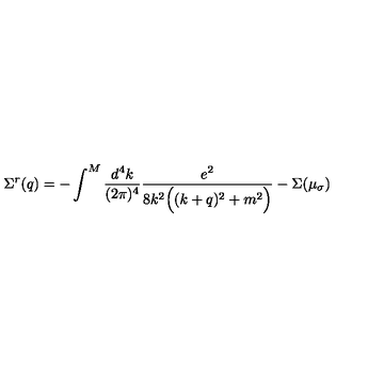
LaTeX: \Sigma ^ { r } ( q ) = - \int ^ { M } \frac { d ^ { 4 } k } { ( 2 \pi ) ^ { 4 } } \frac { e ^ { 2 } } { 8 k ^ { 2 } \Big ( ( k + q ) ^ { 2 } + m ^ { 2 } \Big ) } - \Sigma ( \mu _ { \sigma } )